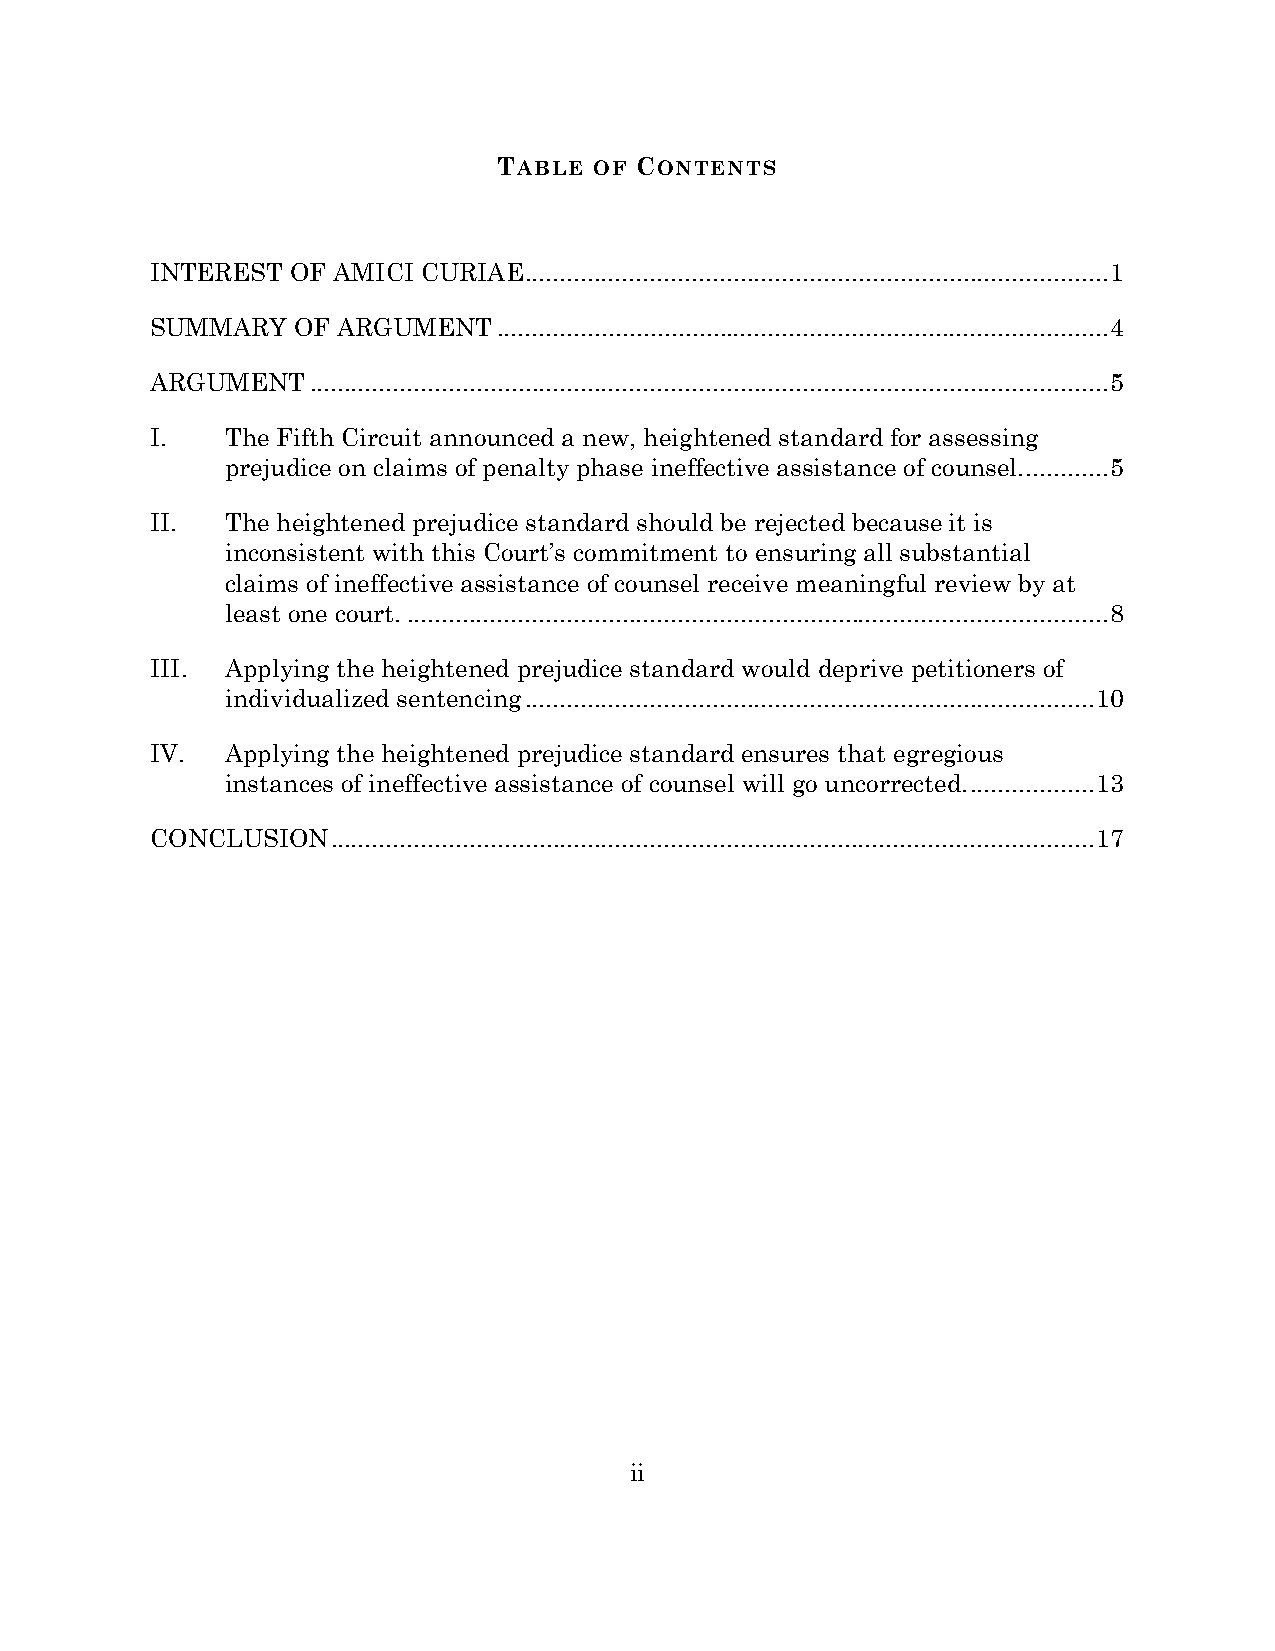
TABLE OF CONTENTS
 INTEREST OF AMICI CURIAE .................................................................................... 1
 SUMMARY  OF ARGUMENT   ........................................................................................ 4
 ARGUMENT   ................................................................................................................... 5
 I.   The Fifth Circuit announced a new, heightened standard for assessing
 prejudice on claims of penalty phase ineffective assistance of counsel. ............ 5
 II.  The heightened prejudice standard should be rejected because it is
 inconsistent with this Court’s commitment to ensuring all substantial
 claims of ineffective assistance of counsel receive meaningful review by at
 least one court. ..................................................................................................... 8
 III. Applying the heightened prejudice standard would deprive petitioners of
 individualized sentencing .................................................................................. 10
 IV.  Applying the heightened prejudice standard ensures that egregious
 instances of ineffective assistance of counsel will go uncorrected. .................. 13
 CONCLUSION  .............................................................................................................. 17
 ii